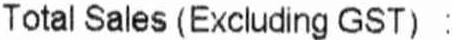
TOTAL SALES (EXCLUDING GST) :